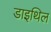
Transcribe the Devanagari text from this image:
डाइथिल